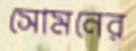
সোমনের